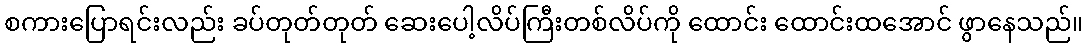
စကားပြောရင်းလည်း ခပ်တုတ်တုတ် ဆေးပေါ့လိပ်ကြီးတစ်လိပ်ကို ထောင်း ထောင်းထအောင် ဖွာနေသည်။